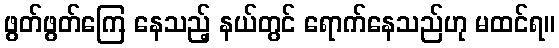
ဖွတ်ဖွတ်ကြေ နေသည့် နယ်တွင် ရောက်နေသည်ဟု မထင်ရ။